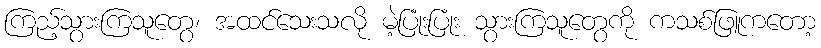
ကြည့်သွားကြသူတွေ၊ အထင်သေးသလို မဲ့ပြုံးပြုံး သွားကြသူတွေကို ကသစ်ဖြူကတော့